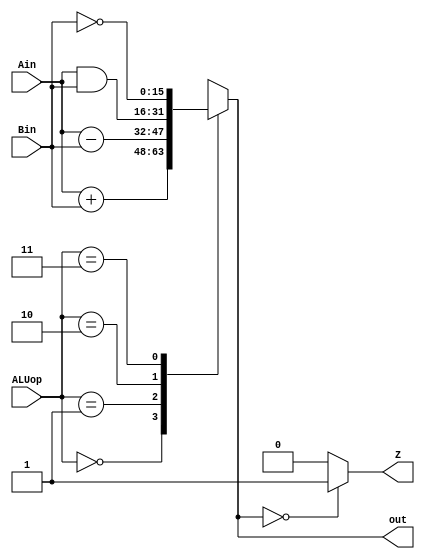
module ALU(Ain, Bin, ALUop, out, Z);
	parameter k = 16;
	input[k-1:0] Ain, Bin;
	input[1:0] ALUop;
	output reg[k-1:0] out;
	output reg Z;
	
	always@(*) begin 
		case(ALUop)
			2'b00: out = Ain + Bin;
			2'b01: out = Ain - Bin;
			2'b10: out = Ain & Bin;
			2'b11: out = ~Bin;
		default: out = 16'bx;
		endcase	
	end
	
	always@(*) begin
	if(out == 0)
	Z = 1;
	else
	Z = 0;
	end
	
endmodule